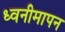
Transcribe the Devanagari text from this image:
ध्वनीमापन